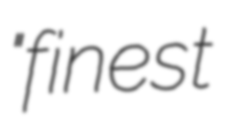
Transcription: "finest